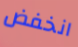
انخفض